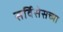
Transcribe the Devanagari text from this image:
सर्विसेसच्या